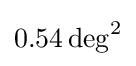
0.54\,{\rm {deg}}^{2}